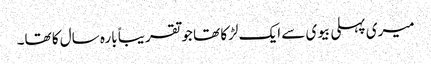
میری پہلی بیوی سے ایک لڑکا تھا جو تقریباً بارہ سال کا تھا۔